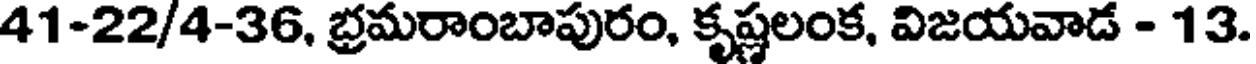
41-22/4-36, భ్రమరాంబాపురం, కృష్ణలంక, విజయవాడ - 13.